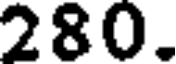
280.